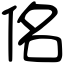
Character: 佲